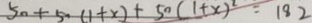
5 0 + 5 0 ( 1 + x ) + 5 0 ( 1 + x ) ^ { 2 } = 1 8 2